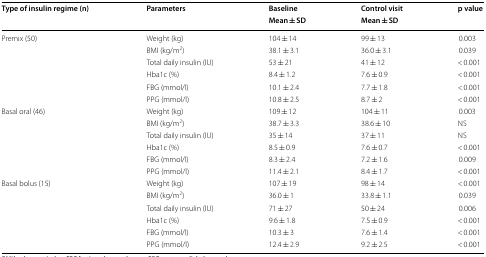
<table><thead><tr><td rowspan="2"><b>Type of insulin regime (n)</b></td><td rowspan="2"><b>Parameters</b></td><td><b>Baseline</b></td><td><b>Control visit</b></td><td rowspan="2"><b>p value</b></td></tr><tr><td><b>Mean ± SD</b></td><td><b>Mean ± SD</b></td></tr></thead><tbody><tr><td rowspan="6">Premix (50)</td><td>Weight (kg)</td><td>104 ± 14</td><td>99 ± 13</td><td> 0.003</td></tr><tr><td>BMI (kg/m<sup>2</sup>)</td><td>38.1 ± 3.1</td><td>36.0 ± 3.1</td><td> 0.039</td></tr><tr><td>Total daily insulin (IU)</td><td>53 ± 21</td><td>41 ± 12</td><td>&lt; 0.001</td></tr><tr><td>Hba1c (%)</td><td>8.4 ± 1.2</td><td>7.6 ± 0.9</td><td>&lt; 0.001</td></tr><tr><td>FBG (mmol/l)</td><td>10.1 ± 2.4</td><td>7.7 ± 1.8</td><td>&lt; 0.001</td></tr><tr><td>PPG (mmol/l)</td><td>10.8 ± 2.5</td><td>8.7 ± 2</td><td>&lt; 0.001</td></tr><tr><td rowspan="6">Basal oral (46)</td><td>Weight (kg)</td><td>109 ± 12</td><td>104 ± 11</td><td> 0.003</td></tr><tr><td>BMI (kg/m<sup>2</sup>)</td><td>38.7 ± 3.3</td><td>38.6 ± 10</td><td>NS</td></tr><tr><td>Total daily insulin (IU)</td><td>35 ± 14</td><td>37 ± 11</td><td>NS</td></tr><tr><td>Hba1c (%)</td><td>8.5 ± 0.9</td><td>7.6 ± 0.7</td><td>&lt; 0.001</td></tr><tr><td>FBG (mmol/l)</td><td>8.3 ± 2.4</td><td>7.2 ± 1.6</td><td> 0.009</td></tr><tr><td>PPG (mmol/l)</td><td>11.4 ± 2.1</td><td>8.4 ± 1.7</td><td>&lt; 0.001</td></tr><tr><td rowspan="6">Basal bolus (15)</td><td>Weight (kg)</td><td>107 ± 19</td><td>98 ± 14</td><td>&lt; 0.001</td></tr><tr><td>BMI (kg/m<sup>2</sup>)</td><td>36.0 ± 1</td><td>33.8 ± 1.1</td><td> 0.039</td></tr><tr><td>Total daily insulin (IU)</td><td>71 ± 27</td><td>50 ± 24</td><td> 0.006</td></tr><tr><td>Hba1c (%)</td><td>9.6 ± 1.8</td><td>7.5 ± 0.9</td><td>&lt; 0.001</td></tr><tr><td>FBG (mmol/l)</td><td>10.3 ± 3</td><td>7.6 ± 1.4</td><td>&lt; 0.001</td></tr><tr><td>PPG (mmol/l)</td><td>12.4 ± 2.9</td><td>9.2 ± 2.5</td><td>&lt; 0.001</td></tr></tbody></table>